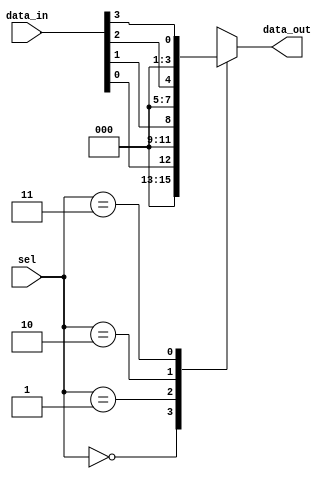
module ParameterizedMUX #(
    parameter N = 4 // Default number of inputs
) (
    input  wire [N-1:0] data_in, // N data inputs
    input  wire [$clog2(N)-1:0] sel, // Selection input (log2(N) bits)
    output reg [N-1:0] data_out // Output (same width as data inputs)
);

    // Always block for behavioral modeling
    always @(*) begin
        case (sel)
            // Route the selected input to the output
            0: data_out = data_in[0];
            1: data_out = data_in[1];
            2: data_out = data_in[2];
            3: data_out = data_in[3];
            // Add more cases if N > 4
            // ...
            default: data_out = {N{1'b0}}; // Default case (invalid selection)
        endcase
    end

endmodule